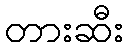
တားဆီး